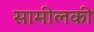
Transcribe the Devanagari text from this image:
सामीलकी